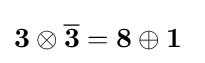
\mathbf {3} \otimes \mathbf {\overline {3}} =\mathbf {8} \oplus \mathbf {1} ~